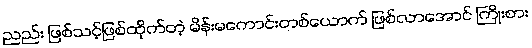
ညည်း ဖြစ်သင့်ဖြစ်ထိုက်တဲ့ မိန်းမကောင်းတစ်ယောက် ဖြစ်လာအောင် ကြိုးစား